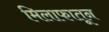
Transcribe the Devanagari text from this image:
मिलाफातून